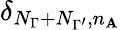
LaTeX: \delta_{N_{\Gamma}+N_{\Gamma^{\prime}},n_{\mathbf{A}}}